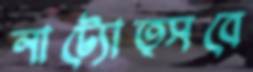
নাট্যোত্সবে